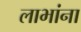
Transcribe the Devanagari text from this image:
लाभांना